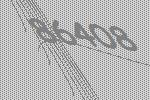
86408